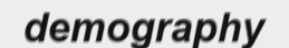
demography